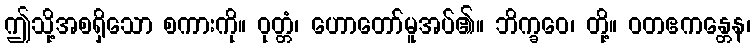
ဤသို့အစရှိသော စကားကို။ ဝုတ္တံ၊ ဟောတော်မူအပ်၏။ ဘိက္ခဝေ၊ တို့။ ဝတဧကန္တေန၊